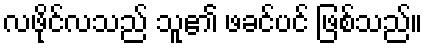
လဖိုင်လသည် သူ၏ ဖခင်ပင် ဖြစ်သည်။